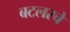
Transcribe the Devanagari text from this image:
बटलरचे